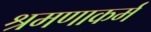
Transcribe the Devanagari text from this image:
श्रमणाकर्म